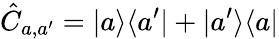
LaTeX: \hat{C}_{a,a^{\prime}}=|a\rangle\langle a^{\prime}|+|a^{\prime}\rangle\langle a|